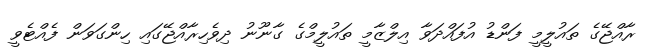
ރާއްޖޭގެ ތައުލީމީ ފަންޑު އުފައްދަވާ އިލްޒާމީ ތައުލީމްގެ ގާނޫނު ދިވެހިރާއްޖޭގައި ހިންގަވަން ފެއްޓެވީ